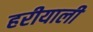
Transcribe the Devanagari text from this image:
हरीयाली